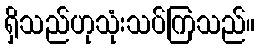
ရှိသည်ဟုသုံးသပ်ကြသည်။